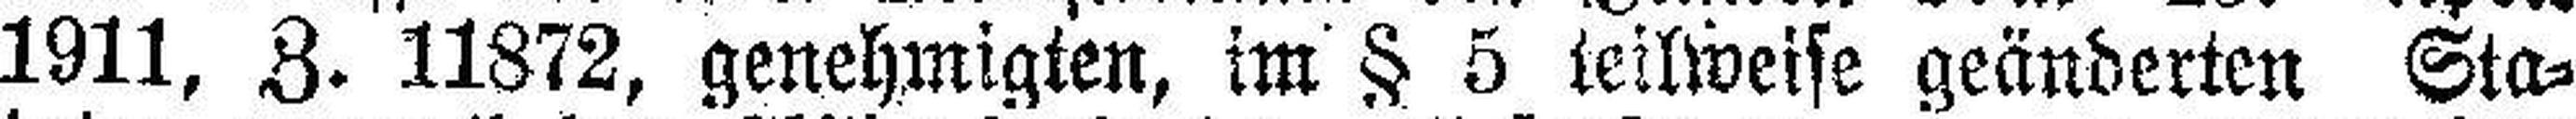
1911, Z. 11872, genehmigten, im § 5 teilweise geänderten Sta¬